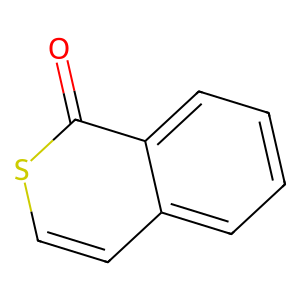
SMILES: O=c1sccc2ccccc12
Inhibits HIV replication: No